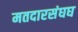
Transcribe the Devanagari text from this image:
मतदारसंघघ